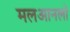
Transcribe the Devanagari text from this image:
मलआनलो